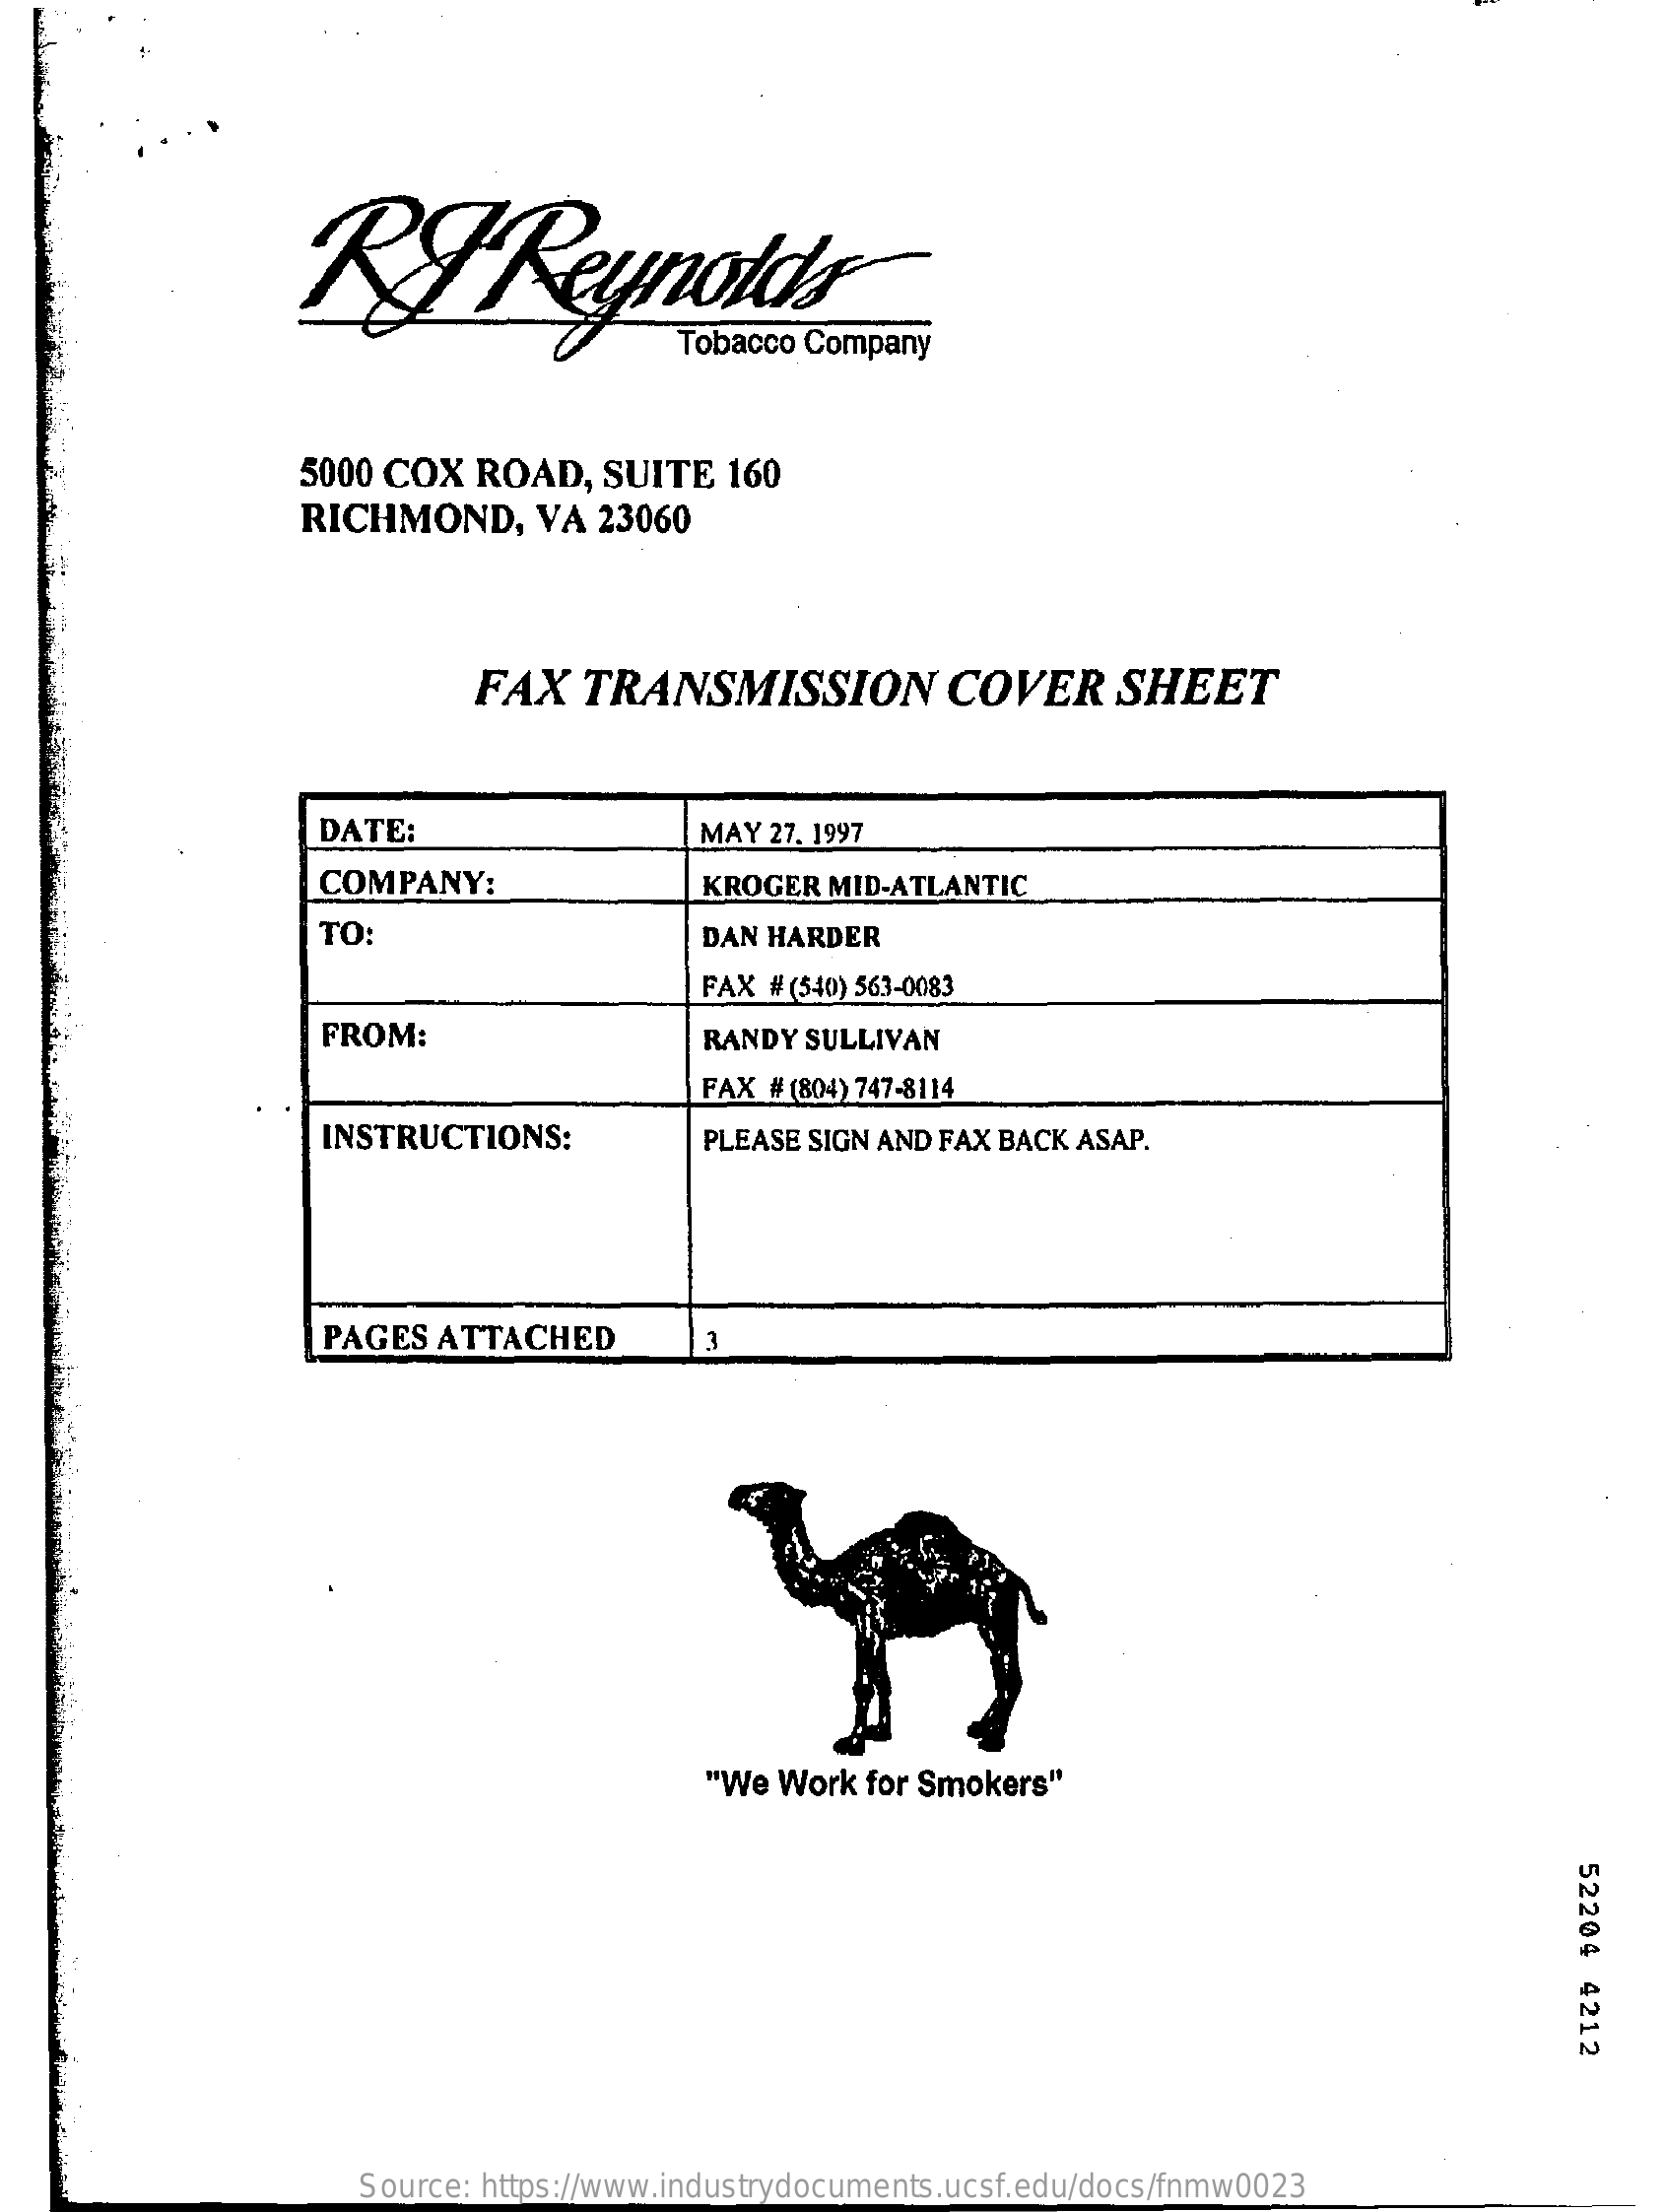
5000 COX   ROAD,   SUITE  160
     RICHMOND,    VA 23060
     FAX   TRANSMISSION    COVER    SHEET
     DATE:    MAY 27. 1997
     COMPANY:    KROGER  MID-ATLANTIC
     TO:    DAN HARDER
     FAX # (540) 563-0083
     FROM:    RANDY SULLIVAN
     FAX # (804) 747-8114
     INSTRUCTIONS:    PLEASE SIGN AND FAX BACK ASAP.
     PAGES  ATTACHED    3
     "We  Work for Smokers"
     52204
     4212
     Source: https://www.industrydocuments.ucsf.edu/docs/fnmw0023